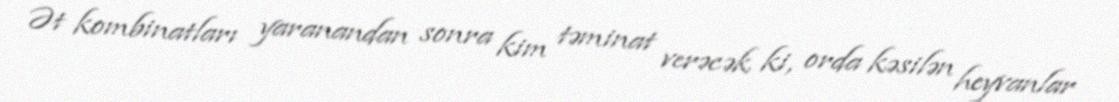
Ət kombinatları yaranandan sonra kim təminat verəcək ki, orda kəsilən heyvanlar